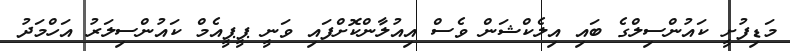
މަޑިފުށީ ކައުންސިލްގެ ބައި އިލެކްޝަން ވެސް އިއުލާންކޮށްފައި ވަނީ ޕީޕީއެމް ކައުންސިލަރު އަހްމަދު